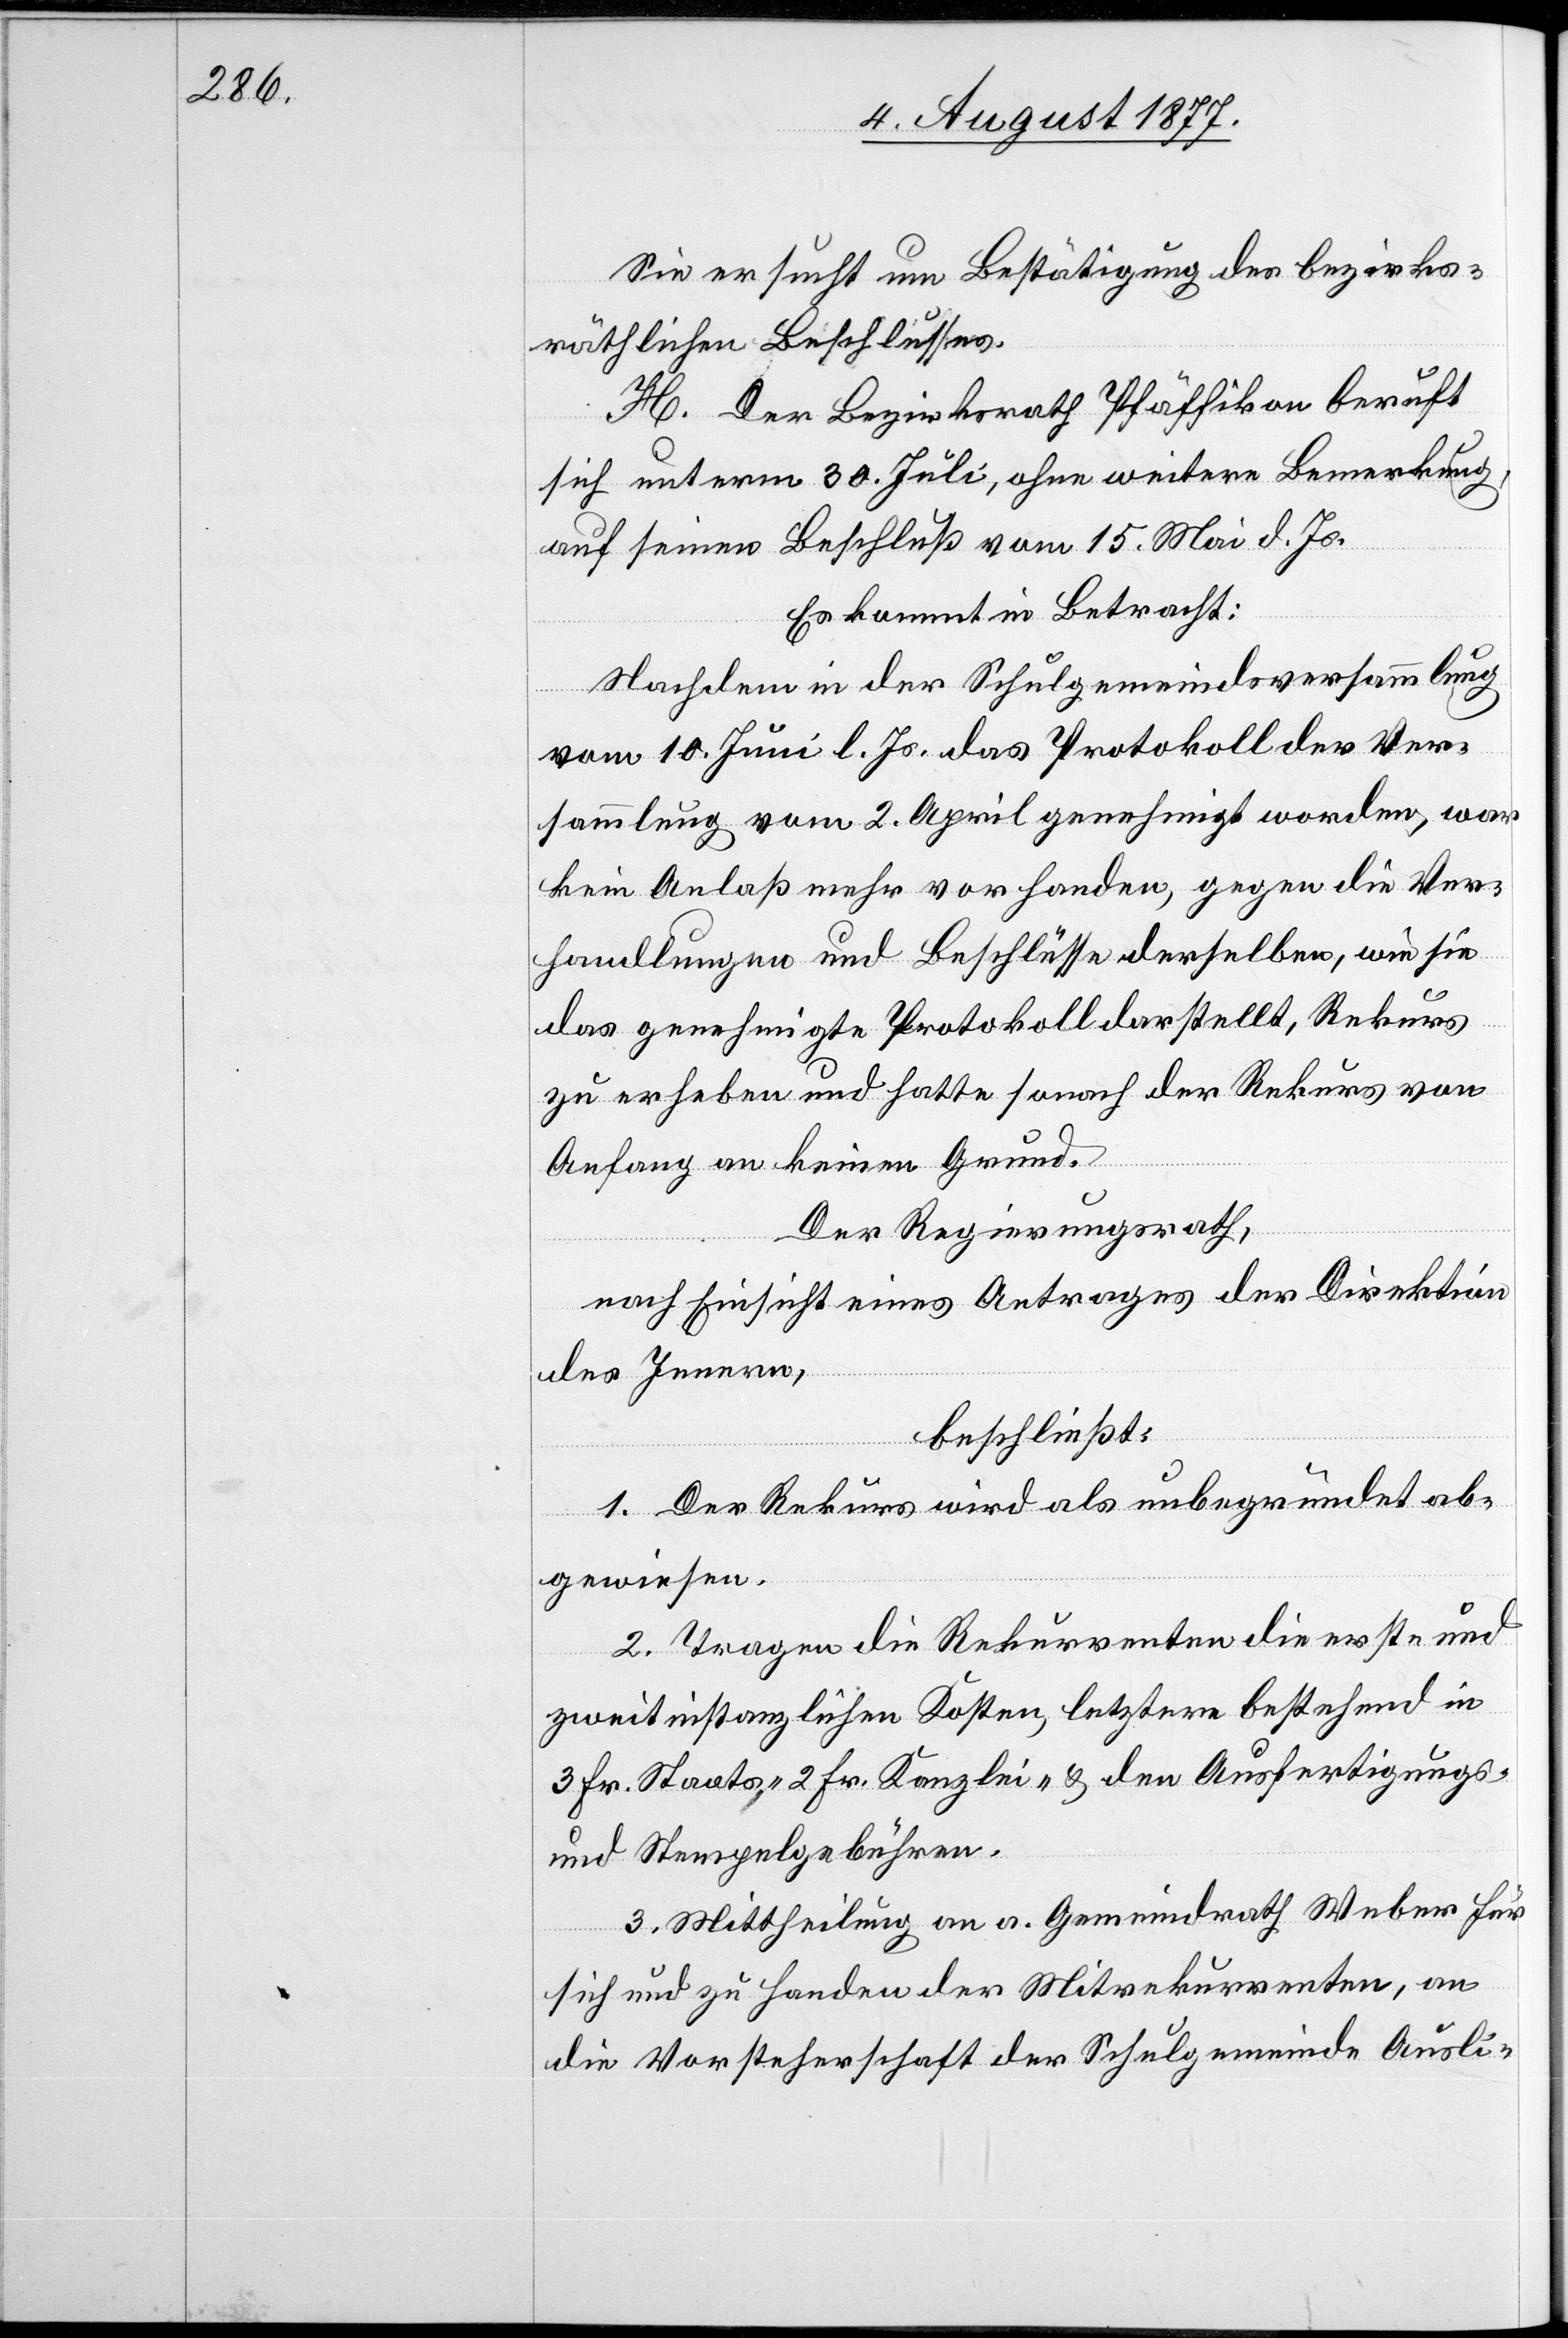
Sie ersucht um Bestätigung des bezirks¬
räthlichen Beschlusses.
H. Der Bezirksrath Pfäffikon beruft
sich unterm 30. Juli, ohne weitere Bemerkung,
auf seinen Beschluß vom 15. Mai d. Js.
Es kommt in Betracht:
Nachdem in der Schulgemeindsversammlung
vom 10. Juni l. Js. das Protokoll der Ver¬
sammlung vom 2. April genehmigt worden, war
kein Anlaß mehr vorhanden, gegen die Ver¬
handlungen und Beschlüsse derselben, wie sie
das genehmigte Protokoll darstellt, Rekurs
zu erheben und hatte sonach der Rekurs von
Anfang an keinen Grund.
Der Regierungsrath,
nach Einsicht eines Antrages der Direktion
des Innern,
beschließt:
1. Der Rekurs wird als unbegründet ab¬
gewiesen.
2. Tragen die Rekurrenten die erst- und
zweitinstanzlichen Kosten, letztere bestehend in
3 Fr. Staats-[,] 2 Fr. Kanzlei- & den Ausfertigungs-
und Stempelgebühren.
3. Mittheilung an a. Gemeindrath Weber für
sich und zu Handen der Mitrekurrenten, an
die Vorsteherschaft der Schulgemeinde Ausli-